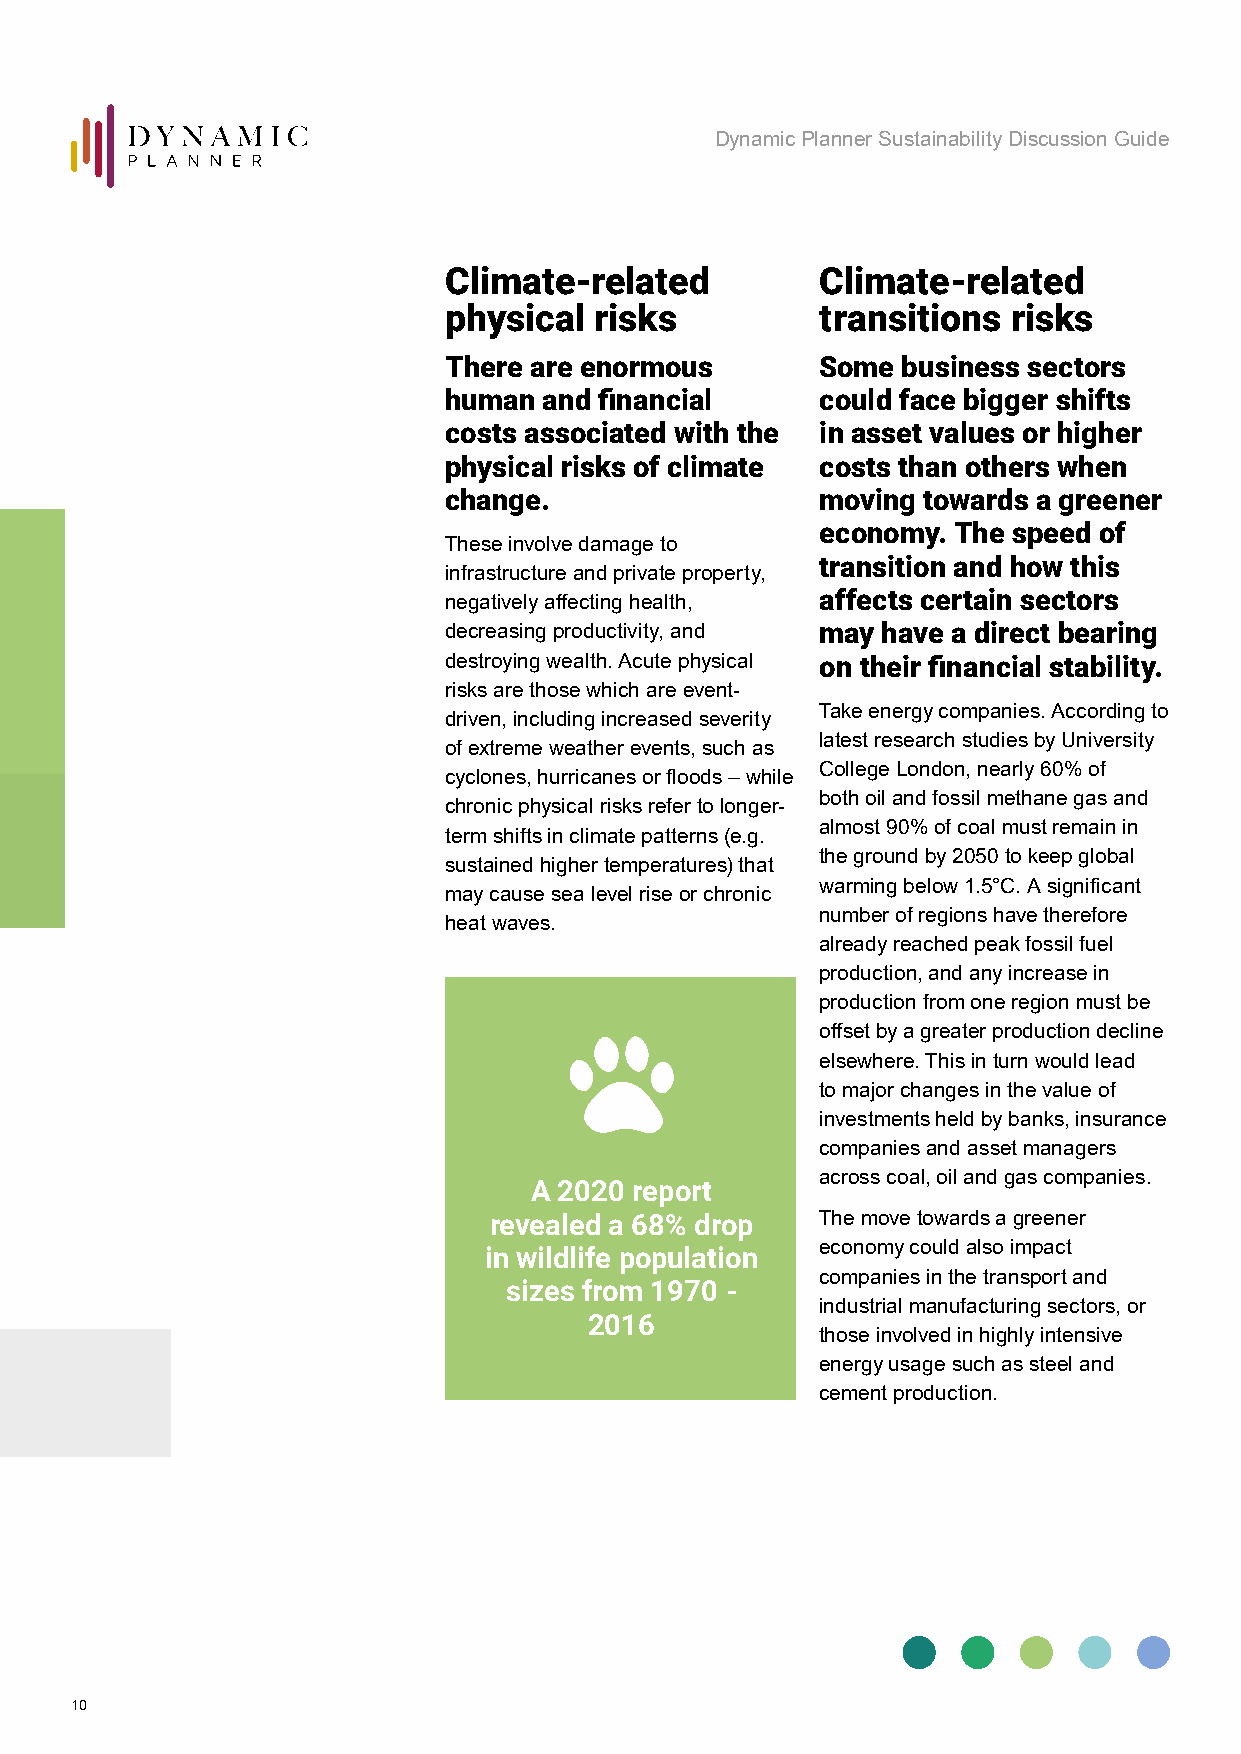
Dynamic Planner Sustainability Discussion Guide
 Climate-related          Climate-related
 physical  risks          transitions  risks
 There are enormous       Some  business sectors
 human  and financial     could face bigger shifts
 costs associated with the in asset values or higher
 physical risks of climate costs than others when
 change.                  moving towards a greener
 economy. The speed of
 These involve damage to
 transition and how this
 infrastructure and private property,
 affects certain sectors
 negatively affecting health,
 decreasing productivity, and may have a direct bearing
 destroying wealth. Acute physical on their financial stability.
 risks are those which are event-
 Take energy companies. According to
 driven, including increased severity
 latest research studies by University
 of extreme weather events, such as
 College London, nearly 60% of
 cyclones, hurricanes or floods – while
 both oil and fossil methane gas and
 chronic physical risks refer to longer-
 almost 90% of coal must remain in
 term shifts in climate patterns (e.g.
 the ground by 2050 to keep global
 sustained higher temperatures) that
 warming below 1.5°C. A significant
 may cause sea level rise or chronic
 number of regions have therefore
 heat waves.
 already reached peak fossil fuel
 production, and any increase in
 production from one region must be
 offset by a greater production decline
 elsewhere. This in turn would lead
 to major changes in the value of
 investments held by banks, insurance
 companies and asset managers
 across coal, oil and gas companies.
 A 2020 report
 revealed a 68% drop   The move towards a greener
 economy could also impact
 in wildlife population
 companies in the transport and
 sizes from 1970 -
 industrial manufacturing sectors, or
 2016
 those involved in highly intensive
 energy usage such as steel and
 cement production.
 10